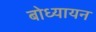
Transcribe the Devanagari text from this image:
बोध्यायन